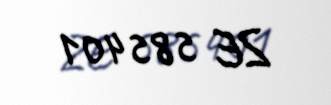
ZE 585401